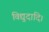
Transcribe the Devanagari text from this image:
विद्युदादि।